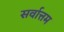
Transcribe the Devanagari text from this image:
सर्वात्तम